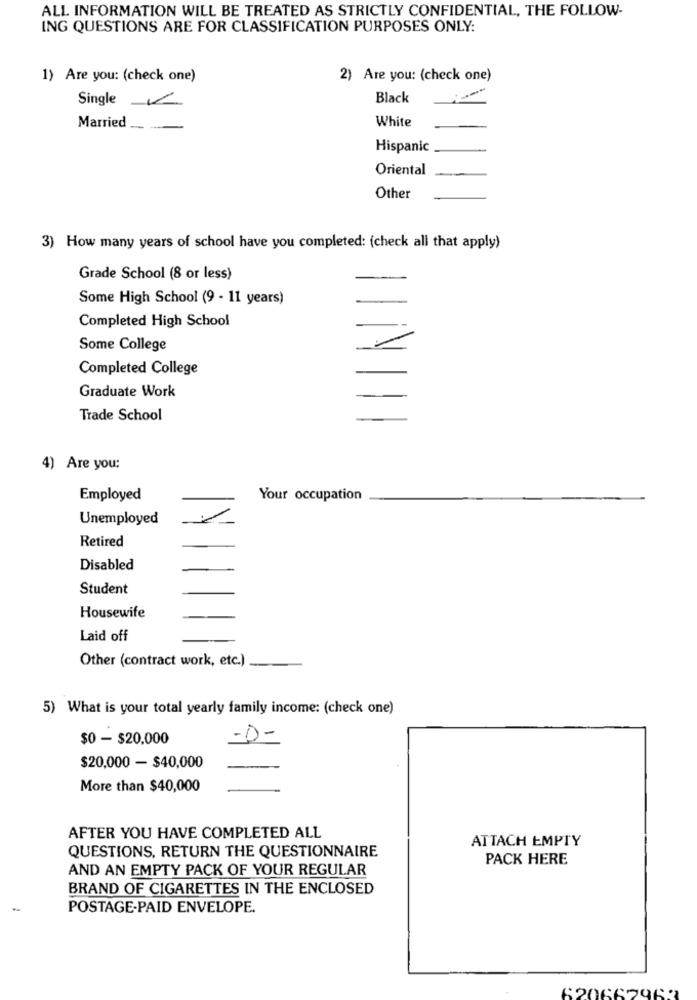
ALL INFORMATION WILL BE TREATED AS STRICTLY CONFIDENTIAL, THE FOLLOW-
ING QUESTIONS ARE FOR CLASSIFICATION PURPOSES ONLY:
1) Are you: (check one)
2) Are you: (check one)
Single
Black
Married
White
Hispanic
Oriental
Other
3) How many years of school have you completed: (check all that apply)
Grade School (8 or less)
Some High School (9 - 11 years)
Completed High School
Some College
Completed College
Graduate Work
Trade School
4) Are you:
Employed
Your occupation
Unemployed
Retired
Disabled
Student
Housewife
Laid off
Other (contract work, etc.)
5) What is your total yearly family income: (check one)
$0 - $20.000
-D-
$20,000 - $40,000
More than $40,000
AFTER YOU HAVE COMPLETED ALL
ATTACH EMPTY
QUESTIONS, RETURN THE QUESTIONNAIRE
PACK HERE
AND AN EMPTY PACK OF YOUR REGULAR
BRAND OF CIGARETTES IN THE ENCLOSED
-
POSTAGE-PAID ENVELOPE.
620662963